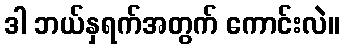
ဒါ ဘယ်နှရက်အတွက် ကောင်းလဲ။